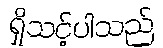
ရှိသင့်ပါသည်